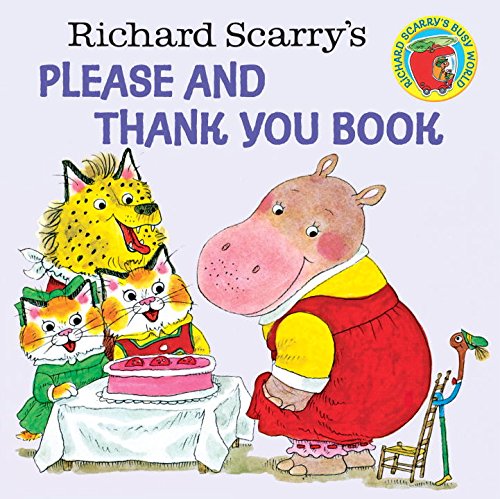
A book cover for Richard Scarry's Please and Thank You Book (Pictureback(R)); Richard Scarry; Children's Books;